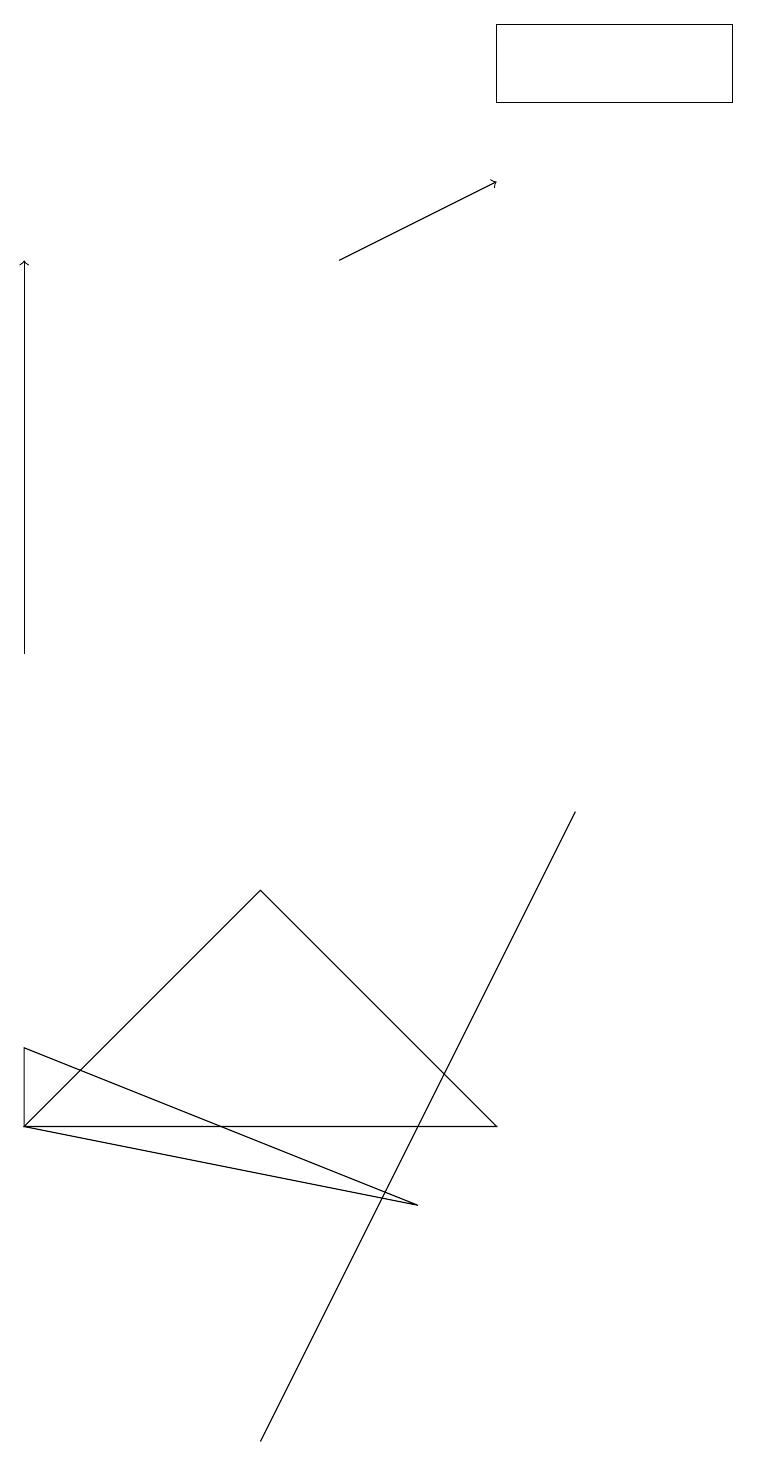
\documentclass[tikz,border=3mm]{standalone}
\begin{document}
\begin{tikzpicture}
\draw (7,8) -- (5,4) -- (3,0) -- cycle;
\draw (6,17) rectangle (9,18);
\draw[->] (0,10) -- (0,15);
\draw[->] (4,15) -- (6,16);
\draw (0,5) -- (0,4) -- (5,3) -- cycle;
\draw (6,4) -- (0,4) -- (3,7) -- cycle;
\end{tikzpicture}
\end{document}